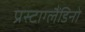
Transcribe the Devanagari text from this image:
प्रस्टाग्लैंडिनों